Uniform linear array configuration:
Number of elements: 12
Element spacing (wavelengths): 0.5
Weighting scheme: blackman
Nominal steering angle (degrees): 45
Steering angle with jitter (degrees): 45.017
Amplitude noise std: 0.05
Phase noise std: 0.05

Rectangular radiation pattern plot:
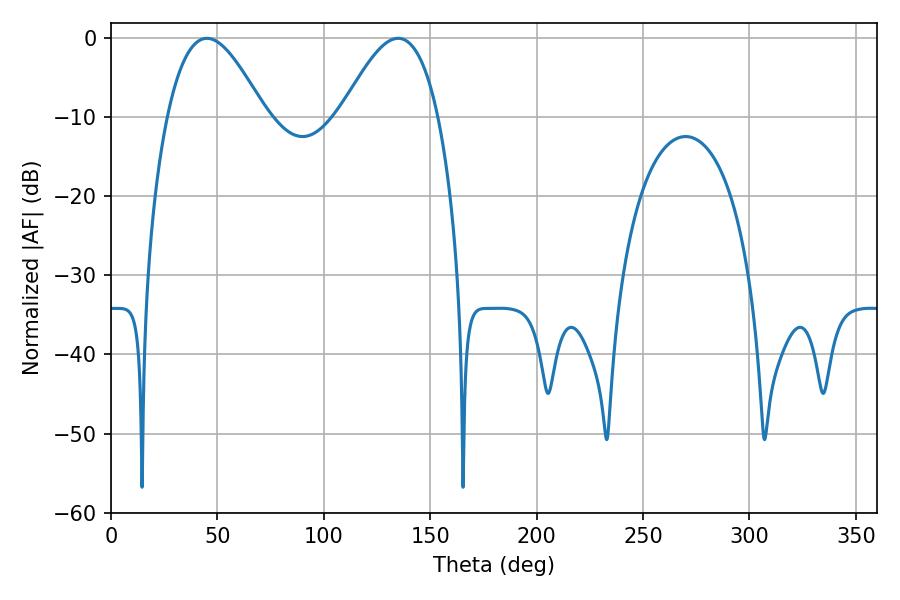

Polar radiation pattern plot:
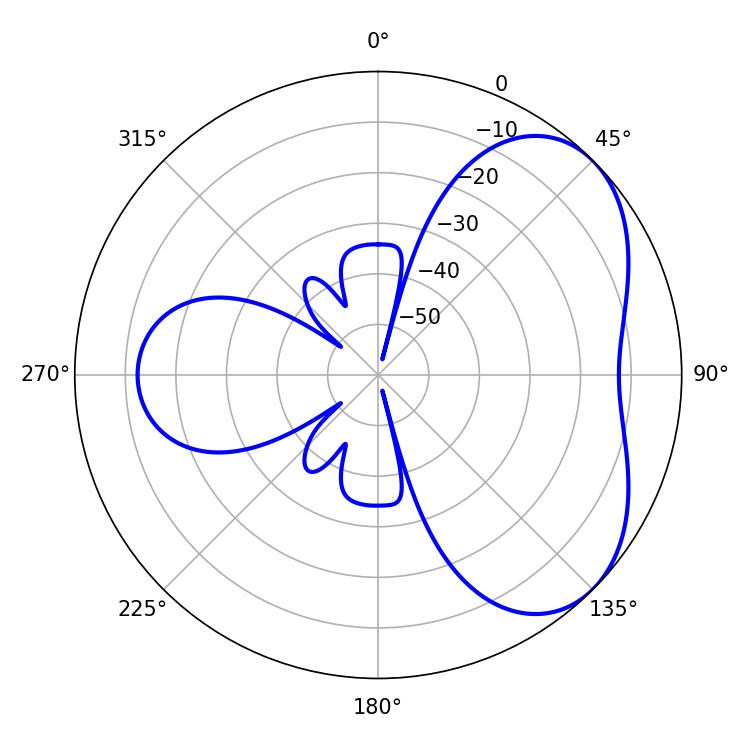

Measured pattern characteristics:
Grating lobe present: FALSE
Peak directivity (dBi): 4.642
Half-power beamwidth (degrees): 24.84
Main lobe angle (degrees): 45